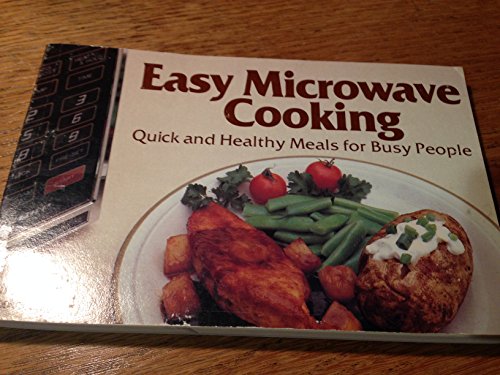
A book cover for Easy Microwave Cooking: Quick and Healthy Meals for Busy People; Cookbooks, Food & Wine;